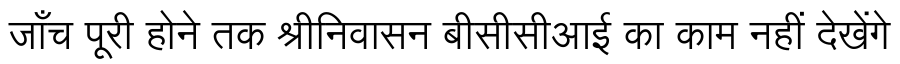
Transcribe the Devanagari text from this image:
जाँच पूरी होने तक श्रीनिवासन बीसीसीआई का काम नहीं देखेंगे